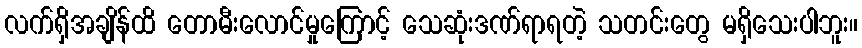
လက်ရှိအချိန်ထိ တောမီးလောင်မှုကြောင့် သေဆုံးဒဏ်ရာရတဲ့ သတင်းတွေ မရှိသေးပါဘူး။